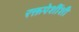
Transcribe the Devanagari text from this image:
रक्तपेशींशी